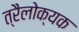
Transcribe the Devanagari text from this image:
त्रैलोक्यक